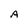
Character: A